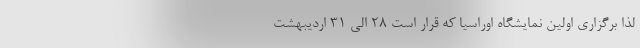
لذا برگزاری اولین نمایشگاه اوراسیا که قرار است ۲۸ الی ۳۱ اردیبهشت